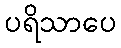
ပရိသာပေ